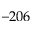
- 2 0 6